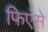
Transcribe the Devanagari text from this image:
फिएंसे